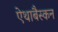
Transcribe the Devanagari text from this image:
ऐथाबैस्कन